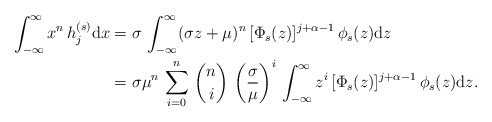
\begin{align*}\int_{-\infty}^\infty x^n\,h_j^{(s)}\mathrm{d}x&=\sigma\,\int_{-\infty}^\infty(\sigma z+\mu)^n\,[\Phi_s(z)]^{j+\alpha-1}\,\phi_s(z)\mathrm{d}z\\&=\sigma\mu^n\,\sum_{i=0}^n\,\binom{n}{i}\,\left(\frac{\sigma}{\mu}\right)^i\,\int_{-\infty}^\infty z^i\,[\Phi_s(z)]^{j+\alpha-1}\,\phi_s(z)\mathrm{d}z.\end{align*}